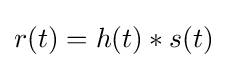
r(t)=h(t)*s(t)